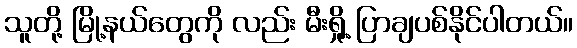
သူတို့ မြို့နယ်တွေကို လည်း မီးရှို့ ပြာချပစ်နိုင်ပါတယ်။